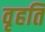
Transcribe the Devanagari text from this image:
वृहति